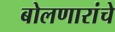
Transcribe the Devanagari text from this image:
बोलणारांचे